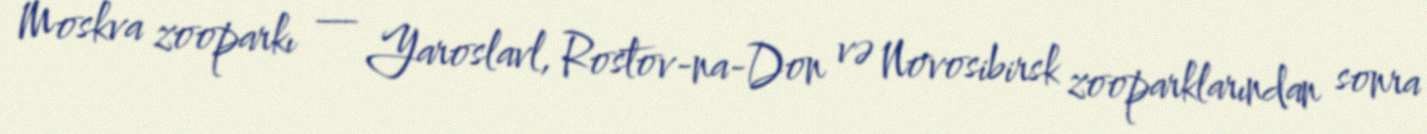
Moskva zooparkı — Yaroslavl, Rostov-na-Don və Novosibirsk zooparklarından sonra